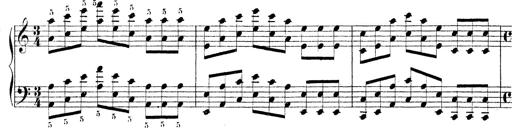
Title: Technische Studien
Composer: Franz Liszt